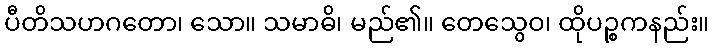
ပီတိသဟဂတော၊ သော။ သမာဓိ၊ မည်၏။ တေသွေဝ၊ ထိုပဉ္စကနည်း။